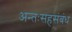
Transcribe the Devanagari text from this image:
अन्तःसहसंबंध